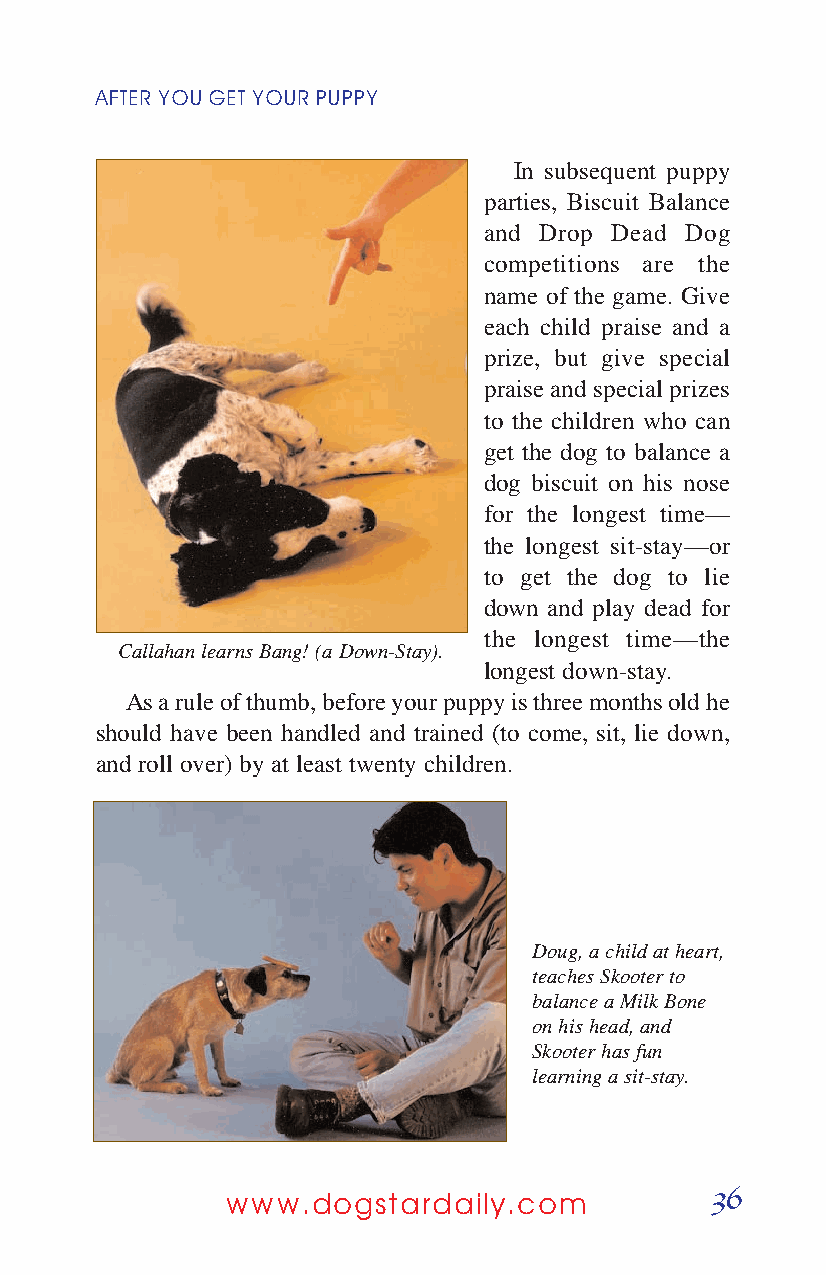
AFTER YOUGETYOURPUPPY
 In subsequent puppy
 parties, Biscuit Balance
 and Drop Dead Dog
 competitions are the
 name of the game. Give
 each child praise and a
 prize, but give special
 praise and special prizes
 to the children who can
 get the dog to balance a
 dog biscuit on his nose
 for the longest time—
 the longest sit-stay—or
 to get the dog to lie
 down and play dead for
 the longest time—the
 Callahan learns Bang! (a Down-Stay).
 longest down-stay.
 As a rule of thumb, before your puppy is three months old he
 should have been handled and trained (to come, sit, lie down,
 and roll over) by at least twenty children.
 Doug, a child at heart,
 teaches Skooter to
 balance a Milk Bone
 on his head, and
 Skooter has fun
 learning a sit-stay.
 36
 www.dogstardaily.com